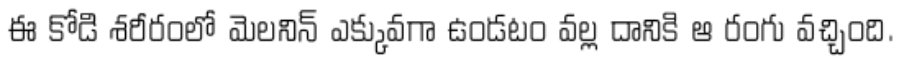
ఈ కోడి శరీరంలో మెలనిన్ ఎక్కువగా ఉండటం వల్ల దానికి ఆ రంగు వచ్చింది.